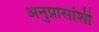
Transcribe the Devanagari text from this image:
अनुप्रासांशी